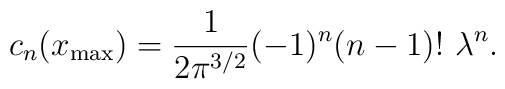
c_n  (x_{{\rm max}}) =  {1 \over 2 \pi^{3/2}}  (-1)^n (n-1)! \ \lambda^n .